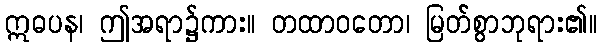
ဣဓပန၊ ဤအရာ၌ကား။ တထာဝတော၊ မြတ်စွာဘုရား၏။